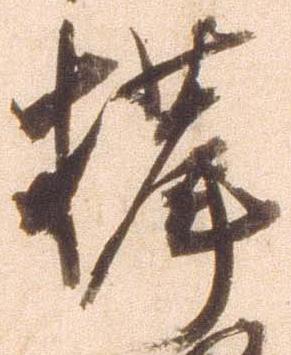
揖